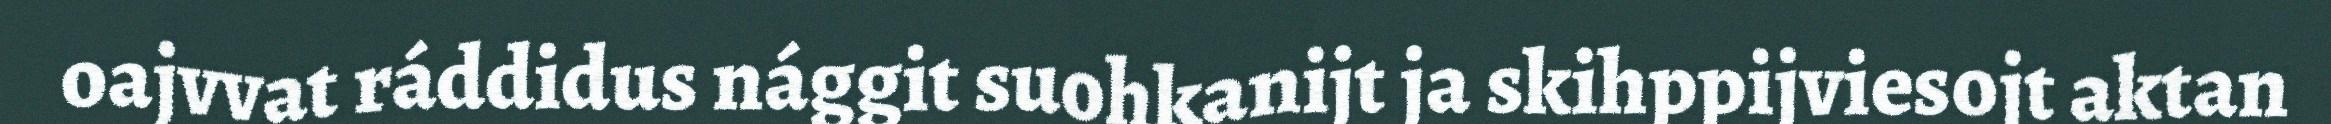
oajvvat ráddidus nággit suohkanijt ja skihppijviesojt aktan